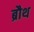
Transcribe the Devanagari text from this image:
ब्रौथ